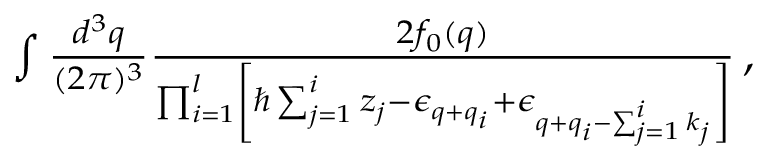
\begin{array} { r } { \int \frac { d ^ { 3 } q } { ( 2 \pi ) ^ { 3 } } \frac { 2 f _ { 0 } ( \boldsymbol { q } ) } { \prod _ { i = 1 } ^ { l } \left[ \hbar \sum _ { j = 1 } ^ { i } z _ { j } - \epsilon _ { \boldsymbol { q } + \boldsymbol { q } _ { i } } + \epsilon _ { \boldsymbol { q } + \boldsymbol { q } _ { i } - \sum _ { j = 1 } ^ { i } \boldsymbol { k } _ { j } } \right] } \, , } \end{array}